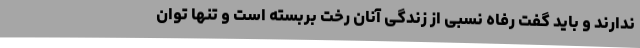
ندارند و باید گفت رفاه نسبی از زندگی آنان رخت بربسته است و تنها توان